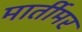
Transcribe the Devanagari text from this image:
मार्तीमर